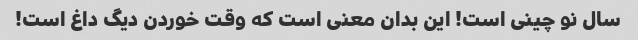
سال نو چینی است! این بدان معنی است که وقت خوردن دیگ داغ است!